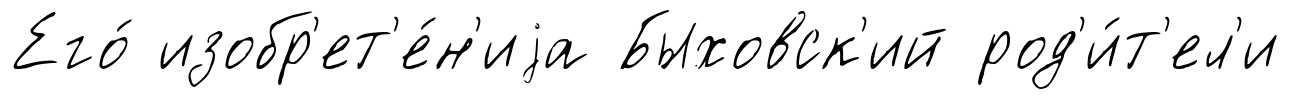
Его́ изобр'ет'е́н'иjа Быховск'ий род'и́т'ел'и